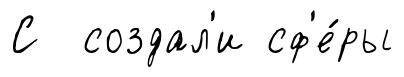
С создал'и сф'е́ры